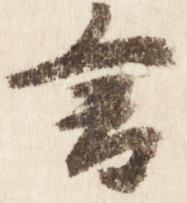
言